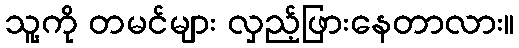
သူ့ကို တမင်များ လှည့်ဖြားနေတာလား။